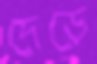
দেড়ে